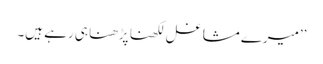
’’میرے مشاغل لکھنا پڑھنا ہی رہے ہیں۔